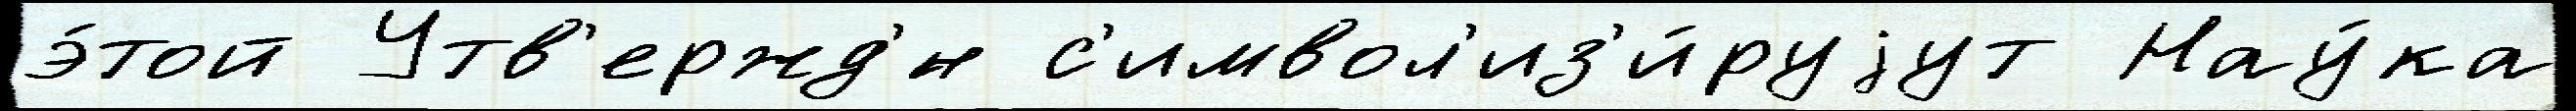
э́той Утв'ержд'́н с'имвол'из'и́руjут Нау́ка